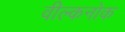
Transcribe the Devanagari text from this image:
वील्कनोक